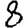
Digit: 8